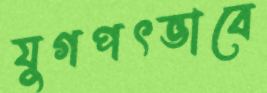
যুগপৎভাবে